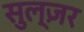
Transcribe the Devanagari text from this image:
सुल्ज़र